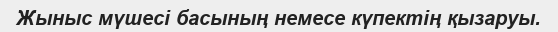
Жыныс мүшесі басының немесе күпектің қызаруы.